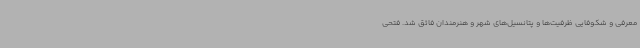
معرفی و شکوفایی ظرفیت‌ها و پتانسیل‌های شهر و هنرمندان فائق شد. فتحی